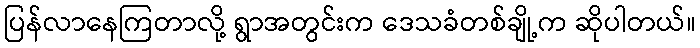
ပြန်လာနေကြတာလို့ ရွာအတွင်းက ဒေသခံတစ်ချို့က ဆိုပါတယ်။